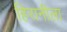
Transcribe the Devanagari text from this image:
हिरानीला